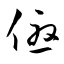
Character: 優